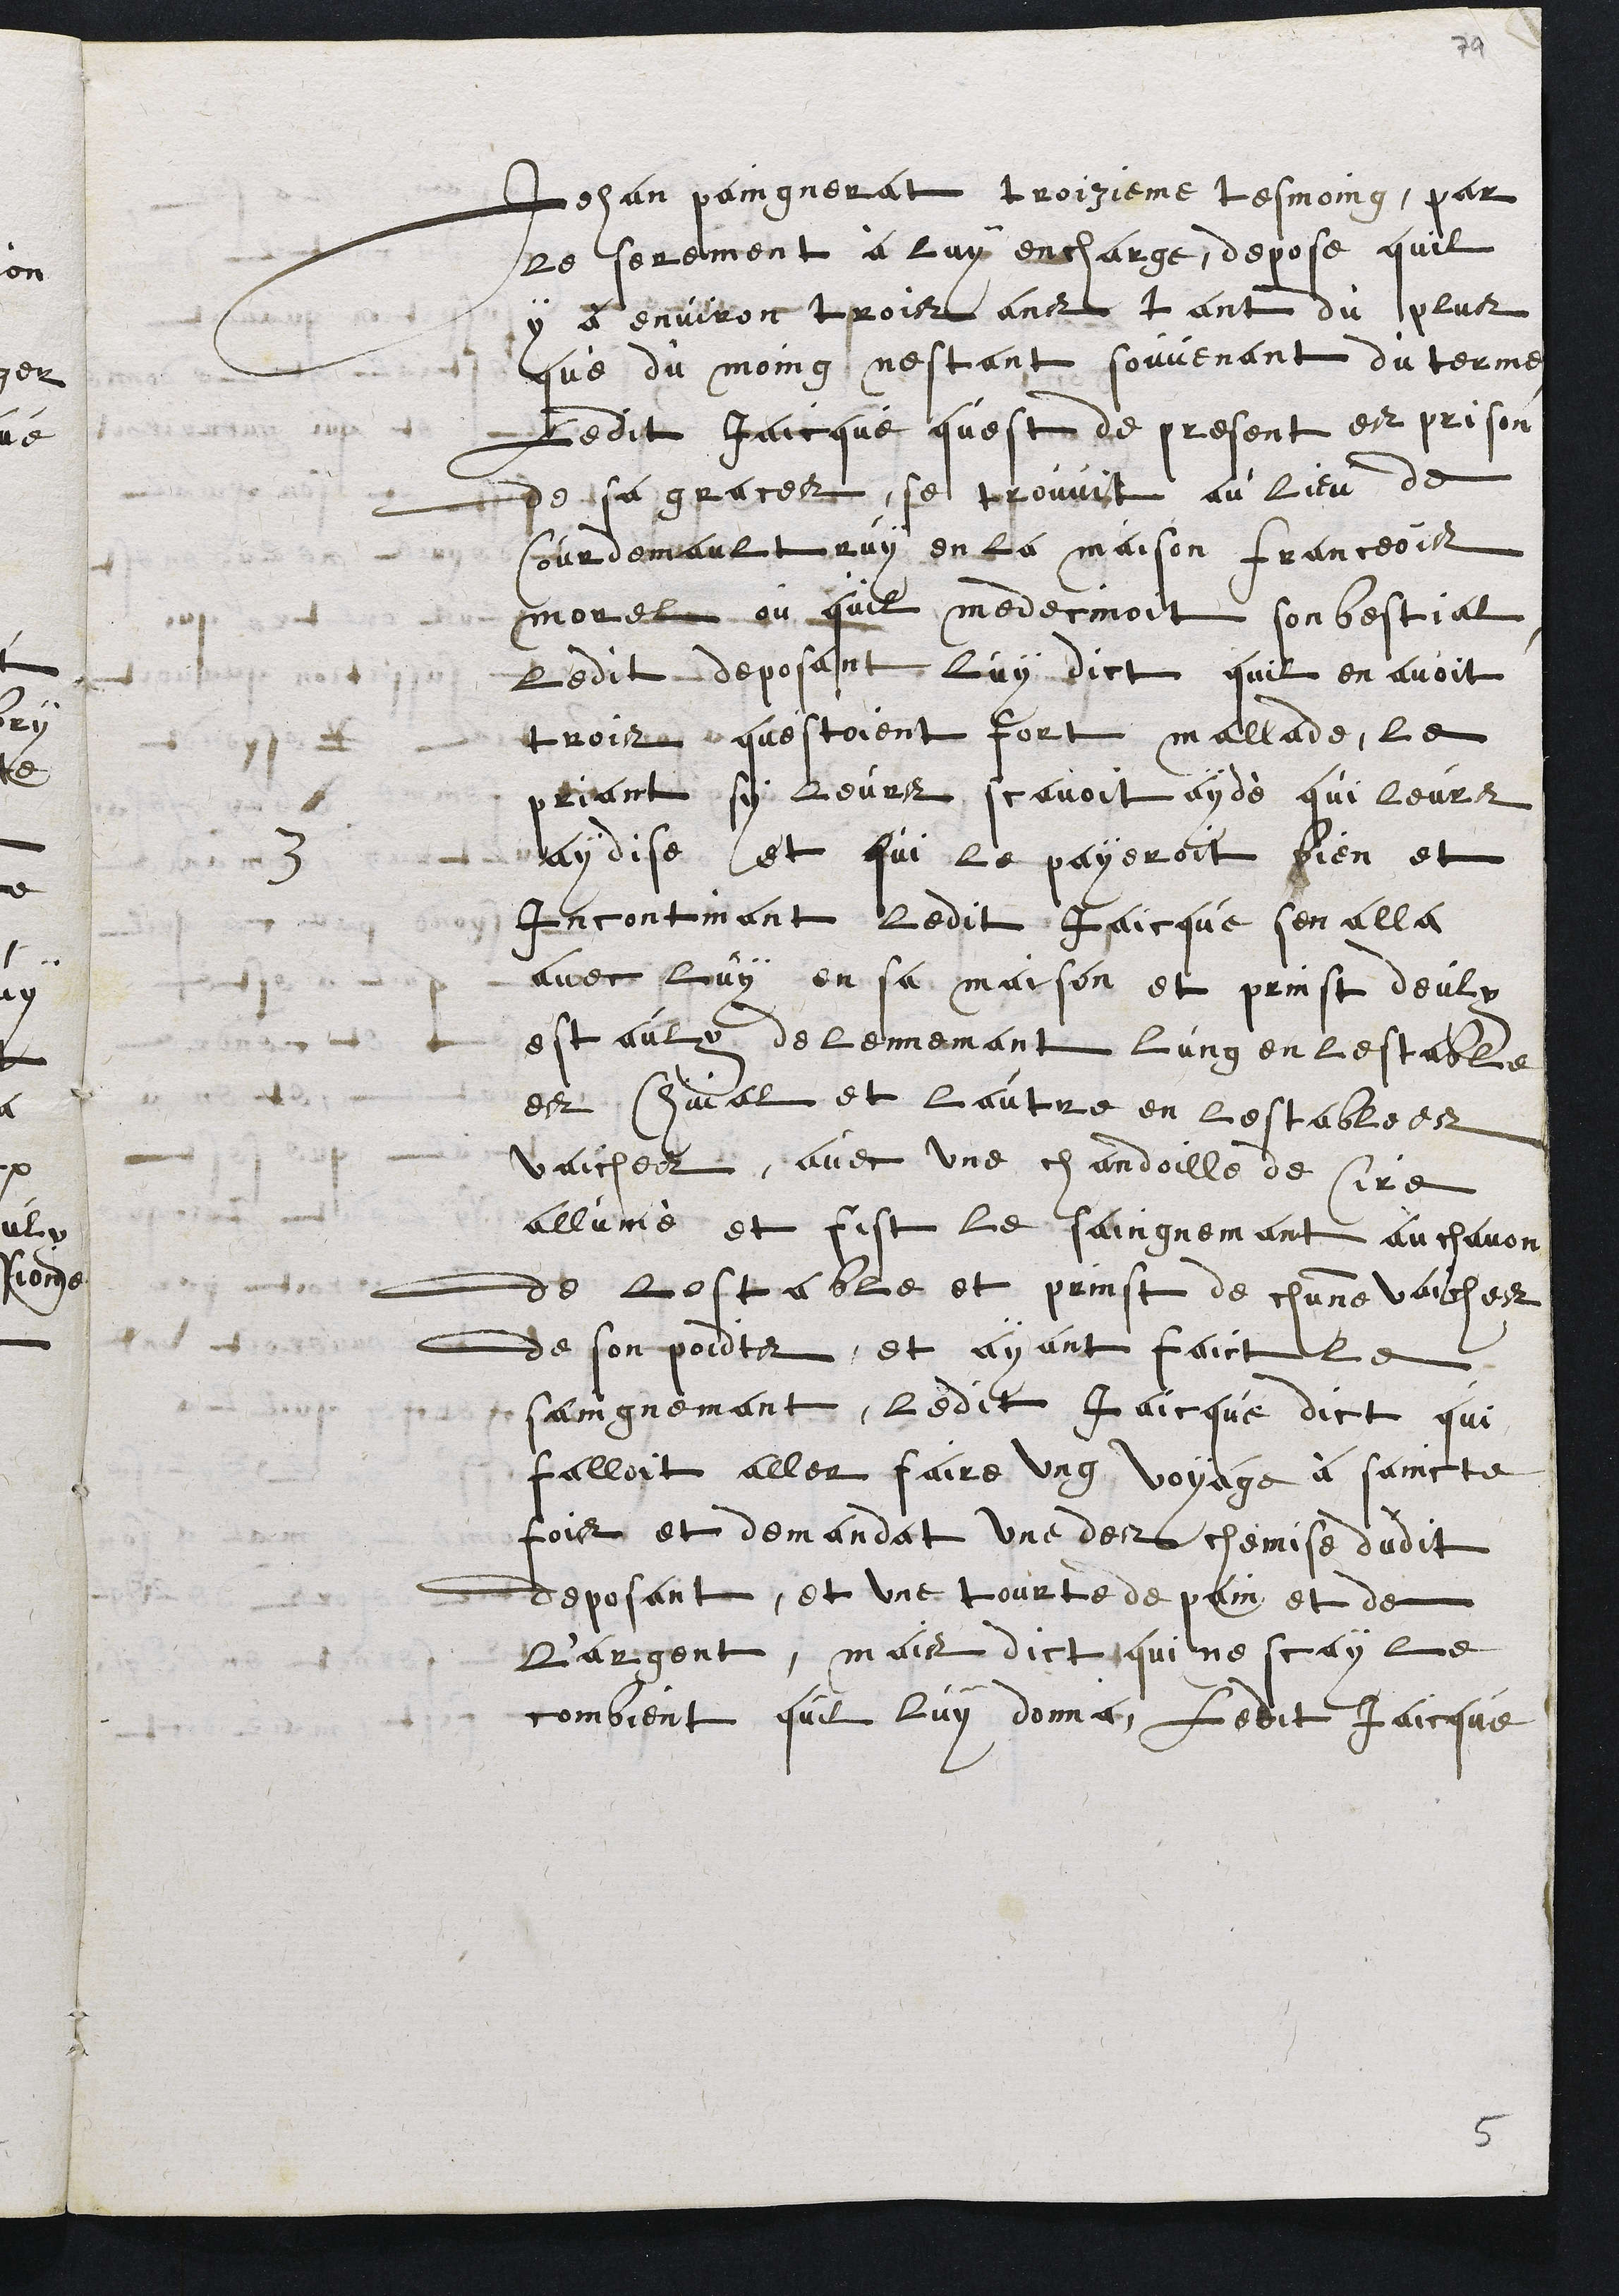
3
Jehan paingnerat troizieme tesmoing, par
le serement à luy encharge, depose quil
y à environ trois ans tant du plus
que du moing, nestant souvenant du terme,
Ledit Jaicque quest de present est prison
de sa grace, se trouvit au lieu de
Courdemaultruy en la maison franceois
Morel ou quil medecinoit son bestial
Ledit deposant, luy dict quil en avoit
trois questoient fort mallade, le
priant sy leurs scavoit aydé qui leurs
aydise et qui le payeroit bien et
incontinant ledit Jaicque sen alla
avec luy en sa maison et prinst deulx
estaulx de lennemant lung en lestable
des chival et lautre en lestable des
vaiches avec une chandoille de Cire
allumé et fist le saingnemant au chavon
de lestable et prinst de chune vaiches
de son poidts, et ayant faict le
saingnement, ledit Jaicque dict qui
falloit aller faire ung voyage à saincte
fois et demandat une des chemise dudit
deposant, et une tourte de pain et de
l'argent, mais dict qui ne scay le
combient quil luy donna Ledit Jaicque